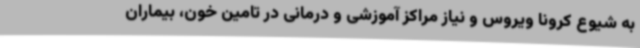
به شیوع کرونا ویروس و نیاز مراکز آموزشی و درمانی در تامین خون، بیماران